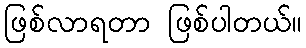
ဖြစ်လာရတာ ဖြစ်ပါတယ်။